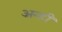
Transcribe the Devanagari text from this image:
अन्हीं